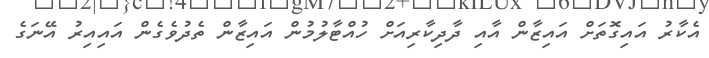
އެކާރު އައިގޮތަށް އައިޒާން އާއި ދާދިކާރިއަށް ހުއްޓާލުމުން އައިޒާން ތެދުވެގެން އައިއިރު އޭނަގެ